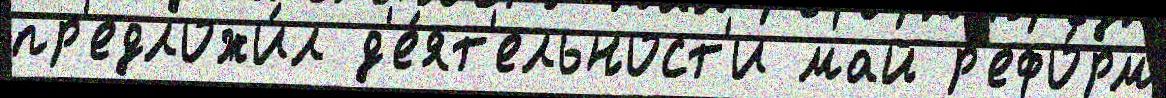
пр'едложи́л д'е́ят'ельност'и май р'ефо́рм